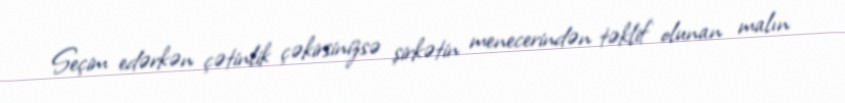
Seçim edərkən çətinlik çəkirsinizsə şirkətin menecerindən təklif olunan malın